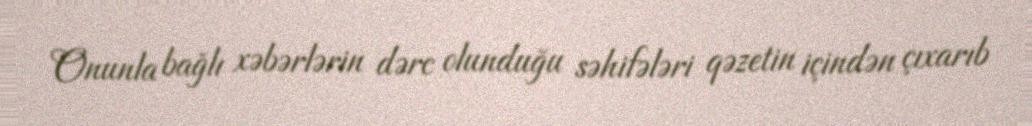
Onunla bağlı xəbərlərin dərc olunduğu səhifələri qəzetin içindən çıxarıb